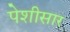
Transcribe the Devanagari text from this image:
पेशीसार